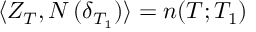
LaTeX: \langle Z _ { T } , N \, ( \delta _ { T _ { 1 } } ) \rangle = n ( T ; T _ { 1 } )